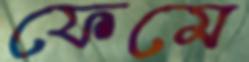
ফেমে